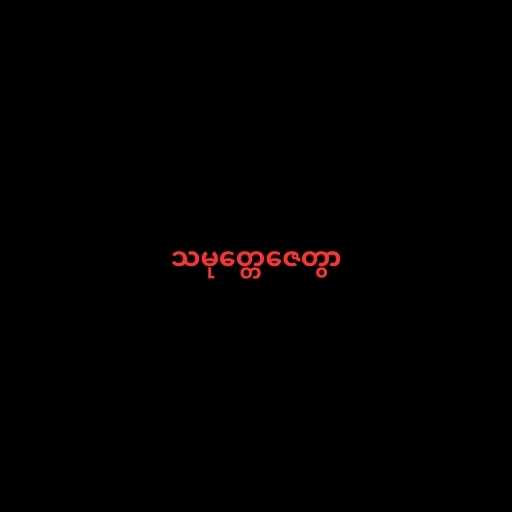
သမုတ္တေဇေတွာ